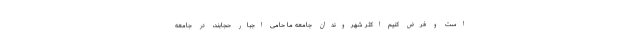
است و فرض کنیم اکثر شهروندان جامعهٔ ما حامی اجبار حجابند، در جامعهٔ